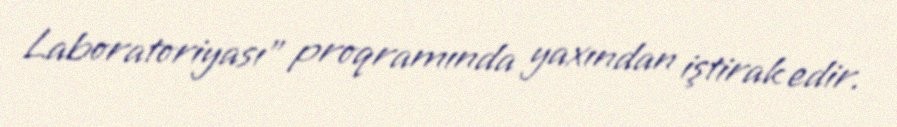
Laboratoriyası” proqramında yaxından iştirak edir.